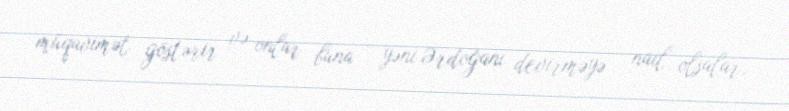
müqavimət göstərir və onlar buna - yəni Ərdoğanı devirməyə - nail olsalar,